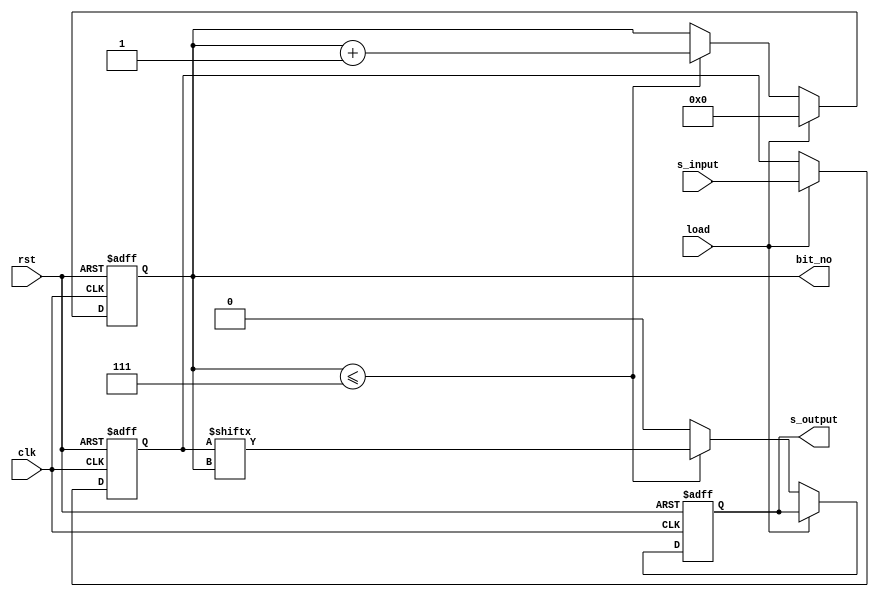
module serializer (
    input wire       clk,
    input wire       rst,
    input wire       load,
    input wire [7:0] s_input,

    output reg [3:0] bit_no,
    output reg       s_output

);
reg [7:0] temp;
always @(posedge clk or negedge rst)
 begin
     if (!rst) 
        begin
            temp<=8'b0;
            s_output<=1'b0;
            bit_no<=4'b0;
        end
     else

        begin
           if (load) 
                begin
                   temp<=s_input;
                   bit_no<=4'b0;
                end

            else
                begin
                    if (bit_no<=3'b111) 
                        begin
                          s_output<=temp[bit_no];
                          bit_no<=bit_no+1'b1; 
                        end
                    else
                        begin
                             s_output<=1'b0;
                        end
                end
        end
 end
endmodule